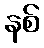
နစ်